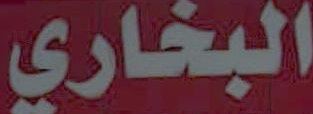
البخاري